Report on sanitation, dispensaries, and jails in Rajputana for 1910, and on vaccination for the year 1910-1911 - 1910-1911
Year: 1910
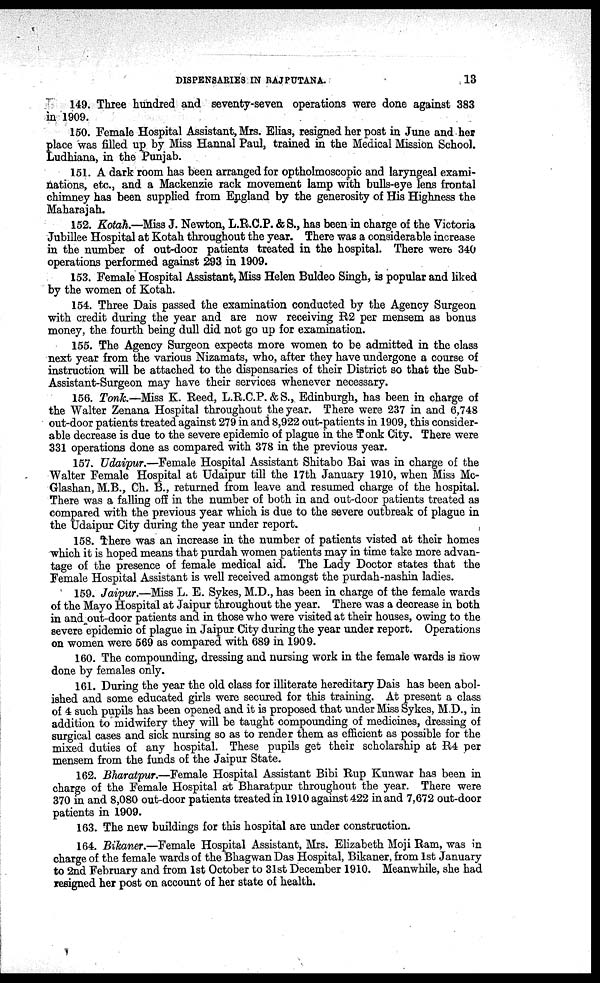
DISPENSARIES IN RAJPUTANA.
13
149. Three hundred and seventy-seven operations were done against 383
in 1909.
150. Female Hospital Assistant, Mrs. Elias, resigned her post in June and her
place was filled up by Miss Hannal Paul, trained in the Medical Mission School.
Ludhiana, in the Punjab.
151. A dark room has been arranged for optholmoscopic and laryngeal exami-
nations, etc., and a Mackenzie rack movement lamp with bulls-eye lens frontal
chimney has been supplied from England by the generosity of His Highness the
Maharajah.
152. Kotah.—Miss J. Newton, L.R.C.P. & S., has been in charge of the Victoria
Jubillee Hospital at Kotah throughout the year. There was a considerable increase
in the number of out-door patients treated in the hospital. There were 340
operations performed against 293 in 1909.
153. Female Hospital Assistant, Miss Helen Buldeo Singh, is popular and liked
by the women of Kotah.
154. Three Dais passed the examination conducted by the Agency Surgeon
with credit during the year and are now receiving R2 per mensem as bonus
money, the fourth being dull did not go up for examination.
155. The Agency Surgeon expects more women to be admitted in the class
next year from the various Nizamats, who, after they have undergone a course of
instruction will be attached to the dispensaries of their District so that the Sub¬
Assistant-Surgeon may have their services whenever necessary.
156. Tonk.—Miss K. Reed, L.R.C.P. &S., Edinburgh, has been in charge of
the Walter Zenana Hospital throughout the year. There were 237 in and 6,748
out-door patients treated against 279 in and 8,922 out-patients in 1909, this consider-
able decrease is due to the severe epidemic of plague in the Tonk City. There were
331 operations done as compared with 378 in the previous year.
157. Udaipur.—Female Hospital Assistant Shitabo Bai was in charge of the
Walter Female Hospital at Udaipur till the 17th January 1910, when Miss Mc¬
Glashan, M.B., Ch. B., returned from leave and resumed charge of the hospital.
There was a falling off in the number of both in and out-door patients treated as
compared with the previous year which is due to the severe outbreak of plague in
the Udaipur City during the year under report.
158. There was an increase in the number of patients visted at their homes
which it is hoped means that purdah women patients may in time take more advan-
tage of the presence of female medical aid. The Lady Doctor states that the
Female Hospital Assistant is well received amongst the purdah-nashin ladies.
159. Jaipur.—Miss L. E. Sykes, M.D., has been in charge of the female wards
of the Mayo Hospital at Jaipur throughout the year. There was a decrease in both
in and out-door patients and in those who were visited at their houses, owing to the
severe epidemic of plague in Jaipur City during the year under report. Operations
on women were 569 as compared with 689 in 1909.
160. The compounding, dressing and nursing work in the female wards is now
done by females only.
161. During the year the old class for illiterate hereditary Dais has been abol-
ished and some educated girls were secured for this training. At present a class
of 4 such pupils has been opened and it is proposed that under Miss Sykes, M.D., in
addition to midwifery they will be taught compounding of medicines, dressing of
surgical cases and sick nursing so as to render them as efficient as possible for the
mixed duties of any hospital. These pupils get their scholarship at R4 per
mensem from the funds of the Jaipur State.
162. Bharatpur.—Female Hospital Assistant Bibi Rup Kunwar has been in
charge of the Female Hospital at Bharatpur throughout the year. There were
370 in and 8,080 out-door patients treated in 1910 against 422 in and 7,672 out-door
patients in 1909.
163. The new buildings for this hospital are under construction.
164. Bikaner.—Female Hospital Assistant, Mrs. Elizabeth Moji Ram, was in
charge of the female wards of the Bhagwan Das Hospital, Bikaner, from 1st January
to 2nd February and from 1st October to 31st December 1910. Meanwhile, she had
resigned her post on account of her state of health.